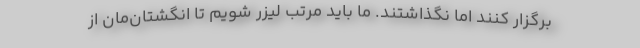
برگزار کنند اما نگذاشتند. ما باید مرتب لیزر شویم تا انگشتان‌مان از